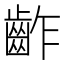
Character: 齚